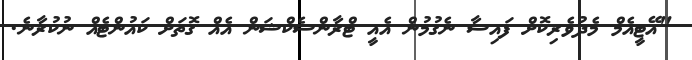
"އޭޓީއެމް މެދުވެރިކޮށް ފައިސާ ނެގުމުން އެއީ ޓްރާންސެކްޝަން އެއް ގޮތަށް ކައުންޓެއް ނުކުރާނެ.